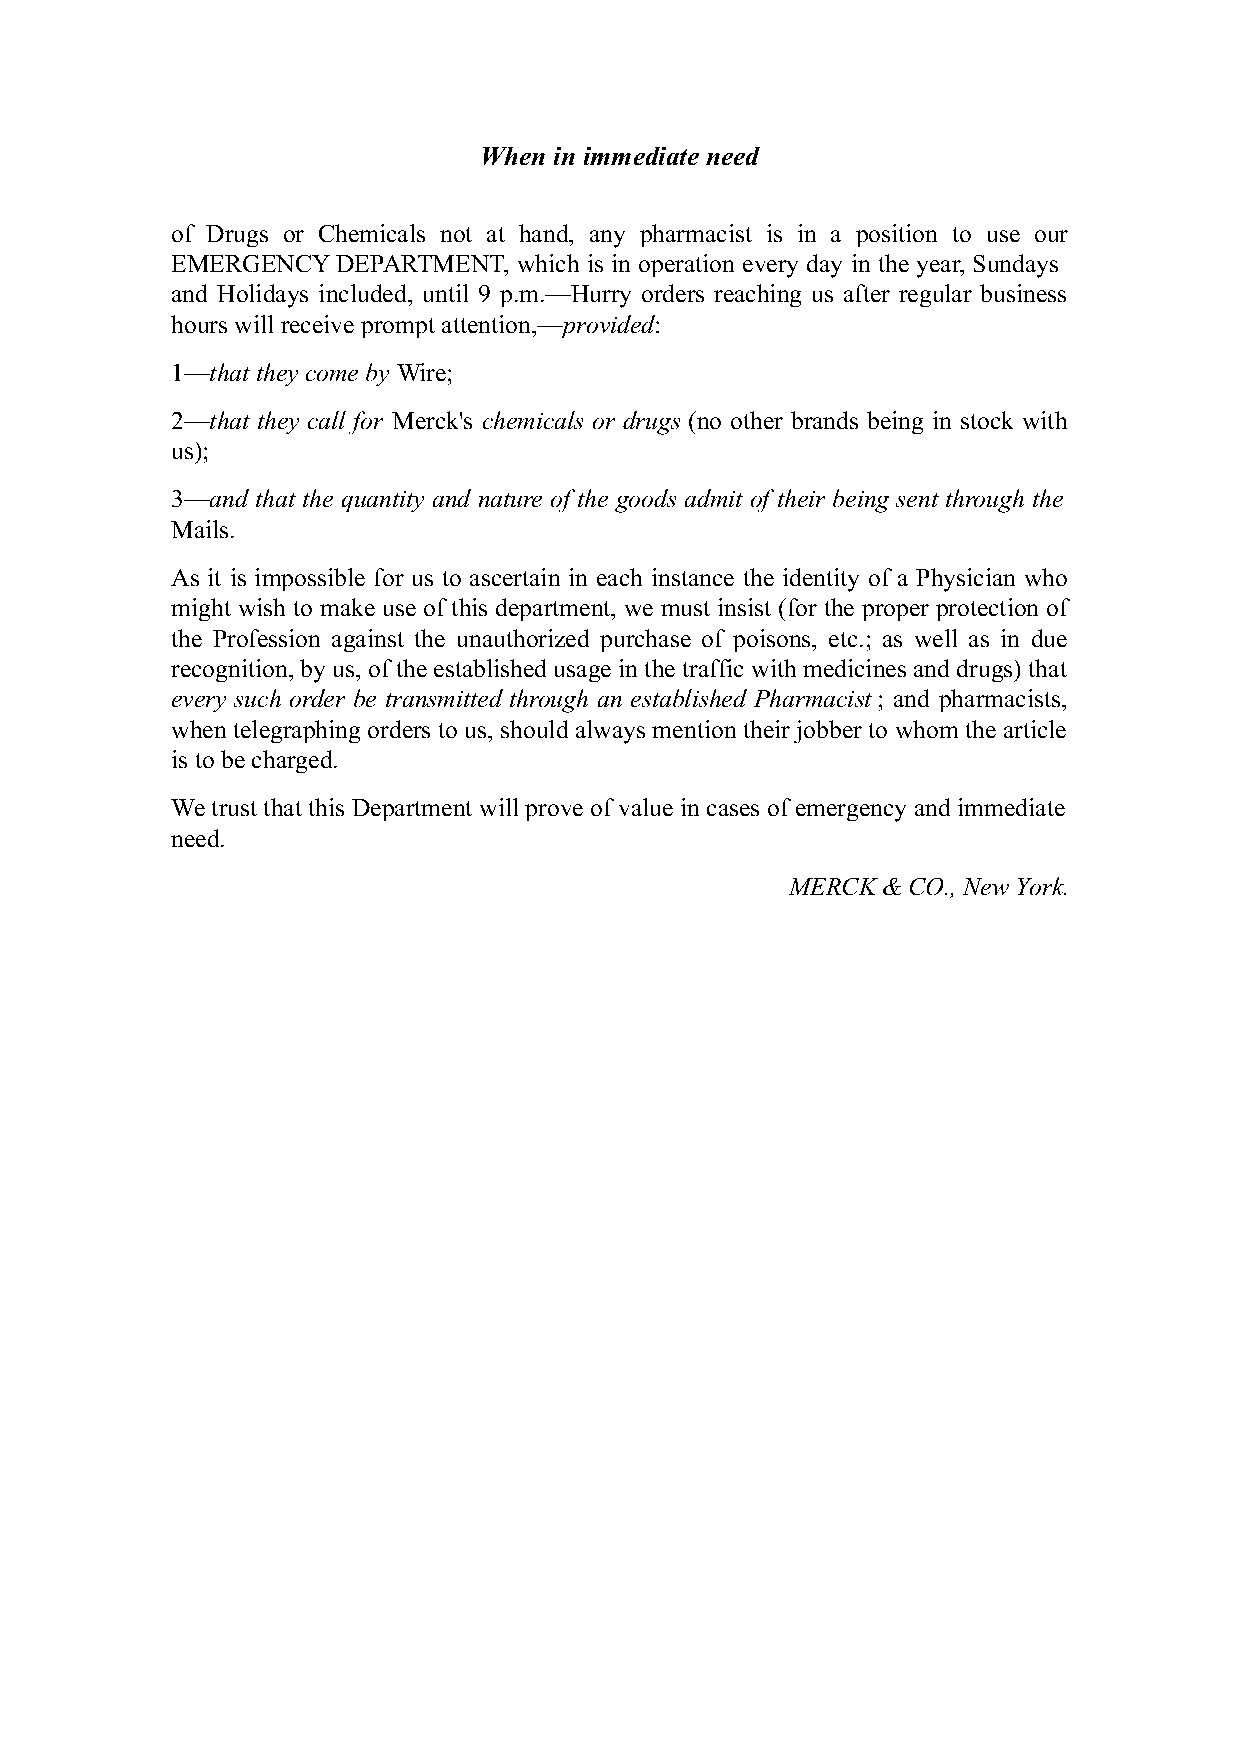
When in immediate need
 of Drugs or Chemicals not at hand, any pharmacist is in a position to use our
 EMERGENCY  DEPARTMENT, which is in operation every day in the year, Sundays
 and Holidays included, until 9 p.m.—Hurry orders reaching us after regular business
 hours will receive prompt attention,—provided:
 1—that they come by Wire;
 2—that they call for Merck's chemicals or drugs (no other brands being in stock with
 us);
 3—and that the quantity and nature of the goods admit of their being sent through the
 Mails.
 As it is impossible for us to ascertain in each instance the identity of a Physician who
 might wish to make use of this department, we must insist (for the proper protection of
 the Profession against the unauthorized purchase of poisons, etc.; as well as in due
 recognition, by us, of the established usage in the traffic with medicines and drugs) that
 every such order be transmitted through an established Pharmacist; and pharmacists,
 when telegraphing orders to us, should always mention their jobber to whom the article
 is to be charged.
 We trust that this Department will prove of value in cases of emergency and immediate
 need.
 MERCK & CO., New York.